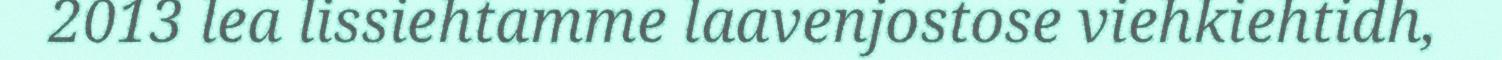
2013 lea lissiehtamme laavenjostose viehkiehtidh,